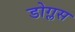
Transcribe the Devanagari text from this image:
डोग्लस